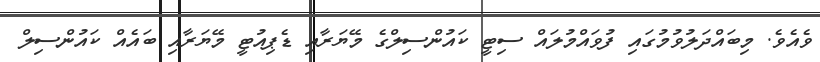
ވެއެވެ. މިބައްދަލުވުމުގައި ފުވައްމުލައް ސިޓީ ކައުންސިލްގެ މޭޔަރާއި ޑެޕިއުޓީ މޭޔަރާއި ބައެއް ކައުންސިލް